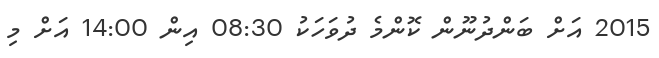
2015 އަށް ބަންދުނޫން ކޮންމެ ދުވަހަކު 08:30 އިން 14:00 އަށް މި